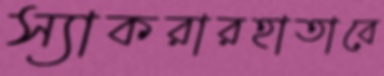
স্যাকরারহাতাবে